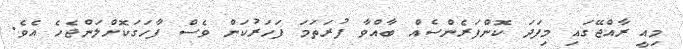
މިއީ ރާއްޖޭގައި މިފަދަ ކޮންފަރެންސެއް ބާއްވާ ފުރަތަމަ ފަހަރުކަން ވެސް ފާހަގަކޮށްލަންޖެހެ އެވެ.